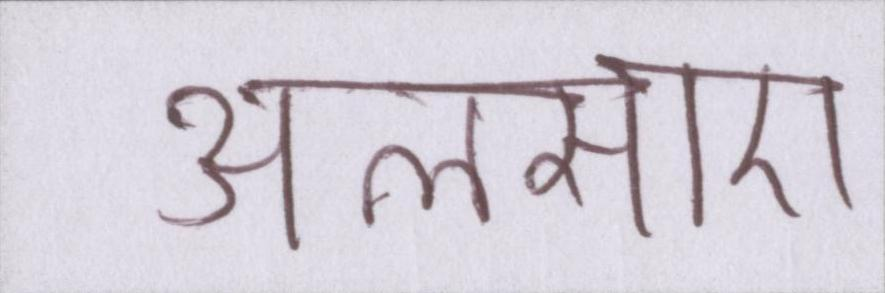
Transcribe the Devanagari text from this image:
अलसाए